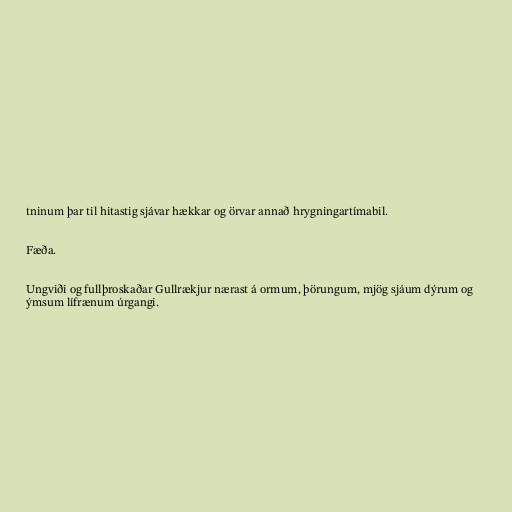
tninum þar til hitastig sjávar hækkar og örvar annað hrygningartímabil.

Fæða.

Ungviði og fullþroskaðar Gullrækjur nærast á ormum, þörungum, mjög sjáum dýrum og
ýmsum lífrænum úrgangi.